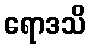
ရောဒသိ